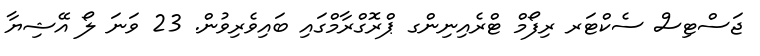
ޖަސްޓިސް ސެކްޓަރ ރިފޯމް ޓްރެއިނިންގ ޕްރޮގްރާމްގައި ބައިވެރިވުން. 23 ވަނަ ލޯ އޭޝިޔާ